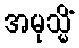
အမုသ္မိံ